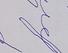
Signature authenticity: forged